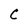
Character: C